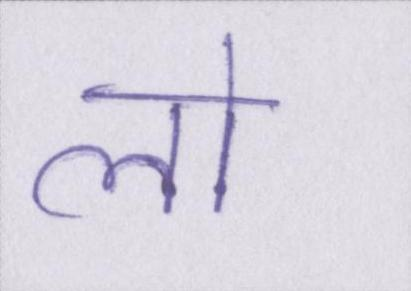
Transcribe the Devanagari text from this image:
लो